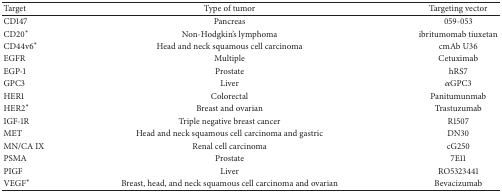
| Target | Type of tumor | Targeting vector |
 | --- | --- | --- |
 | CD147 | Pancreas | 059-053 |
 | CD20* | Non-Hodgkin's lymphoma | ibritumomab tiuxetan |
 | CD44v6* | Head and neck squamous cell carcinoma | cmAb U36 |
 | EGFR | Multiple | Cetuximab |
 | EGP-1 | Prostate | hRS7 |
 | GPC3 | Liver | αGPC3 |
 | HER1 | Colorectal | Panitumunmab |
 | HER2* | Breast and ovarian | Trastuzumab |
 | IGF-1R | Triple negative breast cancer | R1507 |
 | MET | Head and neck squamous cell carcinoma and gastric | DN30 |
 | MN/CA IX | Renal cell carcinoma | cG250 |
 | PSMA | Prostate | 7E11 |
 | PIGF | Liver | RO5323441 |
 | VEGF* | Breast, head, and neck squamous cell carcinoma and ovarian | Bevacizumab |